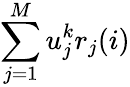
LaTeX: \sum_{j=1}^{M}u_{j}^{k}r_{j}(i)